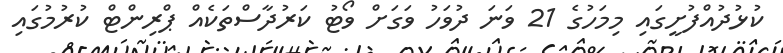
ކުޅުދުއްފުށީގައި މިމަހުގެ 21 ވަނަ ދުވަހު ވަގަށް ވޯޓު ކަރުދާސްތަކެއް ޕްރިންޓް ކުރުމުގައި